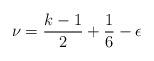
LaTeX: \begin{align*} \nu = \frac{k-1}{2} + \frac{1}{6} - \epsilon\end{align*}